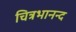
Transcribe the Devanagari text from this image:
चित्रभानन्द